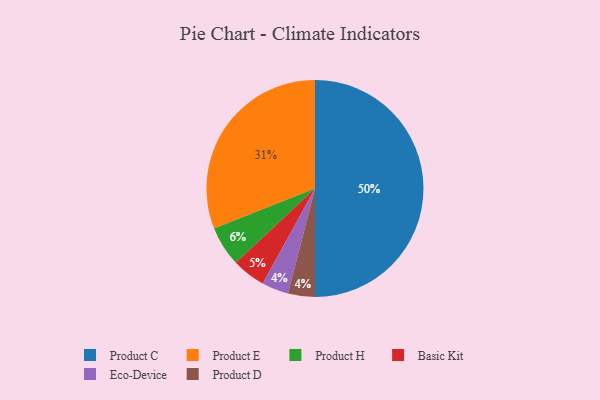
{"axis": {"x": "Category", "y": "Percentage"}, "legend": ["Basic Kit", "Eco-Device", "Product C", "Product D", "Product E", "Product H"], "data": [{"x": "Product H", "y": 6, "type": "Product H"}, {"x": "Product E", "y": 31, "type": "Product E"}, {"x": "Eco-Device", "y": 4, "type": "Eco-Device"}, {"x": "Basic Kit", "y": 5, "type": "Basic Kit"}, {"x": "Product D", "y": 4, "type": "Product D"}, {"x": "Product C", "y": 50, "type": "Product C"}]}